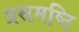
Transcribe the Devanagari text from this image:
प्रसमष्‍टि